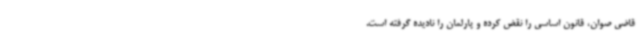
قاضی صوان، قانون اساسی را نقض کرده و پارلمان را نادیده گرفته است.